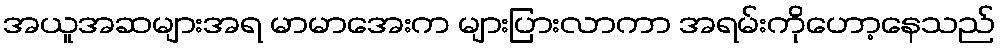
အယူအဆများအရ မာမာအေးက များပြားလာကာ အရမ်းကိုဟော့နေသည်